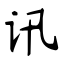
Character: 讯